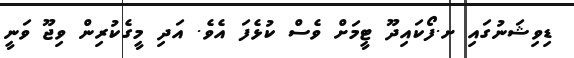
ޑިވިޝަނުގައި ށ.ފޯކައިދޫ ޓީމަށް ވެސް ކުޅެފަ އެވެ. އަދި މީގެކުރިން ވިޖޫ ވަނީ